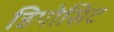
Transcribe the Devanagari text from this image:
डिपोसिट